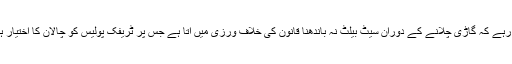
یاد رہے کہ گاڑی چلانے کے دوران سیٹ بیلٹ نہ باندھنا قانون کی خلاف ورزی میں آتا ہے جس پر ٹریفک پولیس کو چالان کا اختیار ہے۔